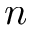
n